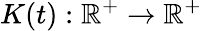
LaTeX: K(t):\mathbb{R}^{+}\rightarrow\mathbb{R}^{+}